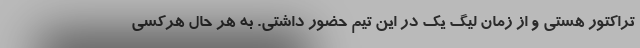
تراکتور هستی و از زمان لیگ یک در این تیم حضور داشتی. به هر حال هرکسی